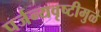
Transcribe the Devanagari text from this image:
पर्जन्यवृष्टीमुळे